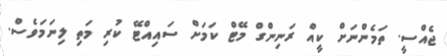
ޖެއްސީ. ތަމެންނަށް ކީއް ރަނިންގް މޭޓް ކަމަށް ސައިއްޓޭ ކުރި މަތި ލިނަމަވެސް.